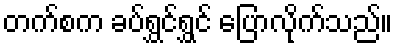
တက်စက ခပ်ရွှင်ရွှင် ပြောလိုက်သည်။